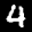
Digit: 4